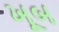
ખૂબ